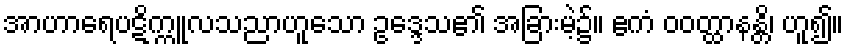
အာဟာရေပဋိက္ကူလသညာဟူသော ဥဒ္ဒေသ၏ အခြားမဲ့၌။ ဧကံ ဝဝတ္ထာနန္တိ၊ ဟူ၍။